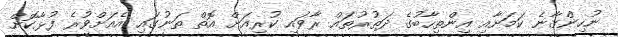
ނުހިންގާނެ ކަމަށާއި އިންތިހާބުގެ ދަތުރުތައް ރާވައި ކުރިއަށް އޮތް ތަނުގައި އެއަށްވުރެ ފުޅާކޮށް